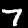
Label: 7